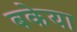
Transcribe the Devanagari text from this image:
बकेया